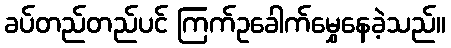
ခပ်တည်တည်ပင် ကြက်ဥခေါက်မွှေနေခဲ့သည်။